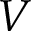
V